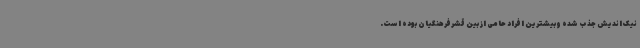
نیک اندیش جذب شده وبیشترین افراد حامی از بین قشرفرهنگیان بوده است.